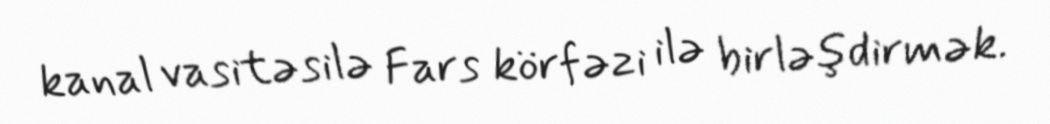
kanal vasitəsilə Fars körfəzi ilə birləşdirmək.